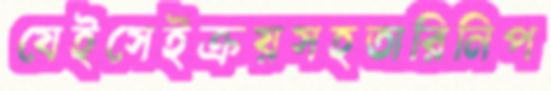
যেইসেইক্রয়সহতারিনিপ